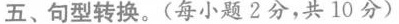
五、句型转换.(每小题2分,共 10 分)